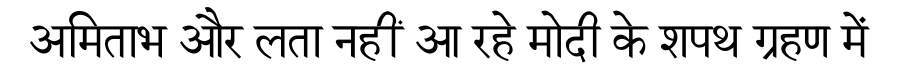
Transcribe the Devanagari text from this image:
अमिताभ और लता नहीं आ रहे मोदी के शपथ ग्रहण में